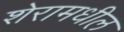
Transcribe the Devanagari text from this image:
शेरामधील